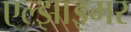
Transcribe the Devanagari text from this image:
एल्झाइमर